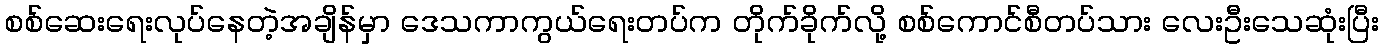
စစ်ဆေးရေးလုပ်နေတဲ့အချိန်မှာ ဒေသကာကွယ်ရေးတပ်က တိုက်ခိုက်လို့ စစ်ကောင်စီတပ်သား လေးဦးသေဆုံးပြီး